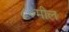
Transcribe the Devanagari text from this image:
८०मील